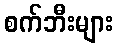
စက်ဘီးများ